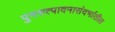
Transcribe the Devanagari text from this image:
पुनरुत्पादनासंदर्भातील